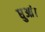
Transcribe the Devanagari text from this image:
धुआं।